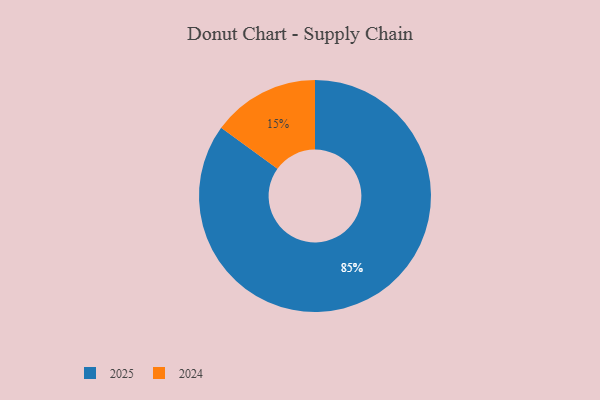
{"axis": {"x": "Category", "y": "Percentage"}, "legend": ["2024", "2025"], "data": [{"x": "2024", "y": 15, "type": "2024"}, {"x": "2025", "y": 85, "type": "2025"}]}